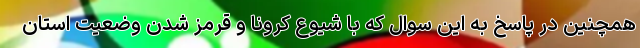
همچنین در پاسخ به این سوال که با شیوع کرونا و قرمز شدن وضعیت استان